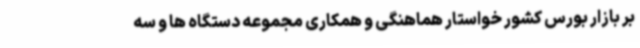
بر بازار بورس کشور خواستار هماهنگی و همکاری مجموعه دستگاه ها و سه